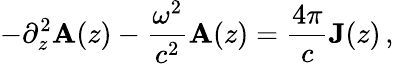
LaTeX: -\partial_{z}^{2}{\mathbf A}(z)-\frac{\omega^{2}}{c^{2}}{\mathbf A}(z)=\frac{4\pi}{c}{\mathbf J}(z)\, ,